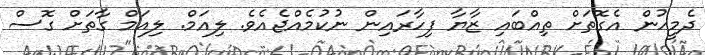
ދެމީހުން އެގޮތަށް ތިއްބައި ޒާޔާ ފިހާރައިން ނުކުމެއްޖެއެވެ. ލިއަމް. ލިއަމް ގާތަށް ގޮސް